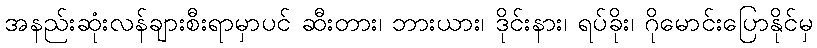
အနည်းဆုံးလန်ချားစီးရာမှာပင် ဆီးတား၊ ဘားယား၊ ဒိုင်းနား၊ ရပ်ခိုး၊ ဂိုမောင်းပြောနိုင်မှ